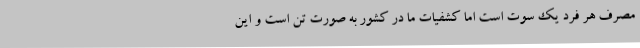
مصرف هر فرد یک سوت است اما کشفیات ما در کشور به صورت تن است و این